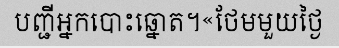
បញ្ជីអ្នកបោះឆ្នោត។«ថែមមួយថ្ងៃ